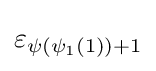
\varepsilon _{\psi (\psi _{1}(1))+1}